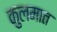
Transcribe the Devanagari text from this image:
कुलमात